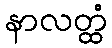
နာလတ္ထံ